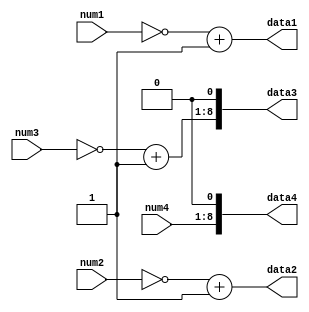
`timescale 1ns / 1ps
//////////////////////////////////////////////////////////////////////////////////
// Company: 
// Engineer: 
// 
// Design Name: 
// Module Name: num_not
// Project Name: 
// Target Devices: 
// Tool Versions: 
// Description: 
// 
// Dependencies: 
// 
// Revision:
// Revision 0.01 - File Created
// Additional Comments:
// 
//////////////////////////////////////////////////////////////////////////////////


module num_not(
    input [7:0] num1, num2, num3, num4,
    output [7:0] data1, data2,
    output [8:0] data3, data4
);

    // Perform one's complement and increment operations
    assign data1 = ~num1 + 1;
    assign data2 = ~num2 + 1;

    // Perform left shift operations
    assign data3 = (~num3 + 1) << 1;
    assign data4 = num4 << 1;

endmodule